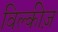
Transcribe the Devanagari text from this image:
विल्कीज़